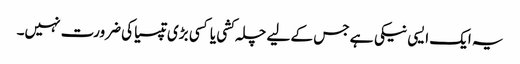
یہ ایک ایسی نیکی ہے جس کے لیے چلہ کشی یا کسی بڑی تپسیا کی ضرورت نہیں۔